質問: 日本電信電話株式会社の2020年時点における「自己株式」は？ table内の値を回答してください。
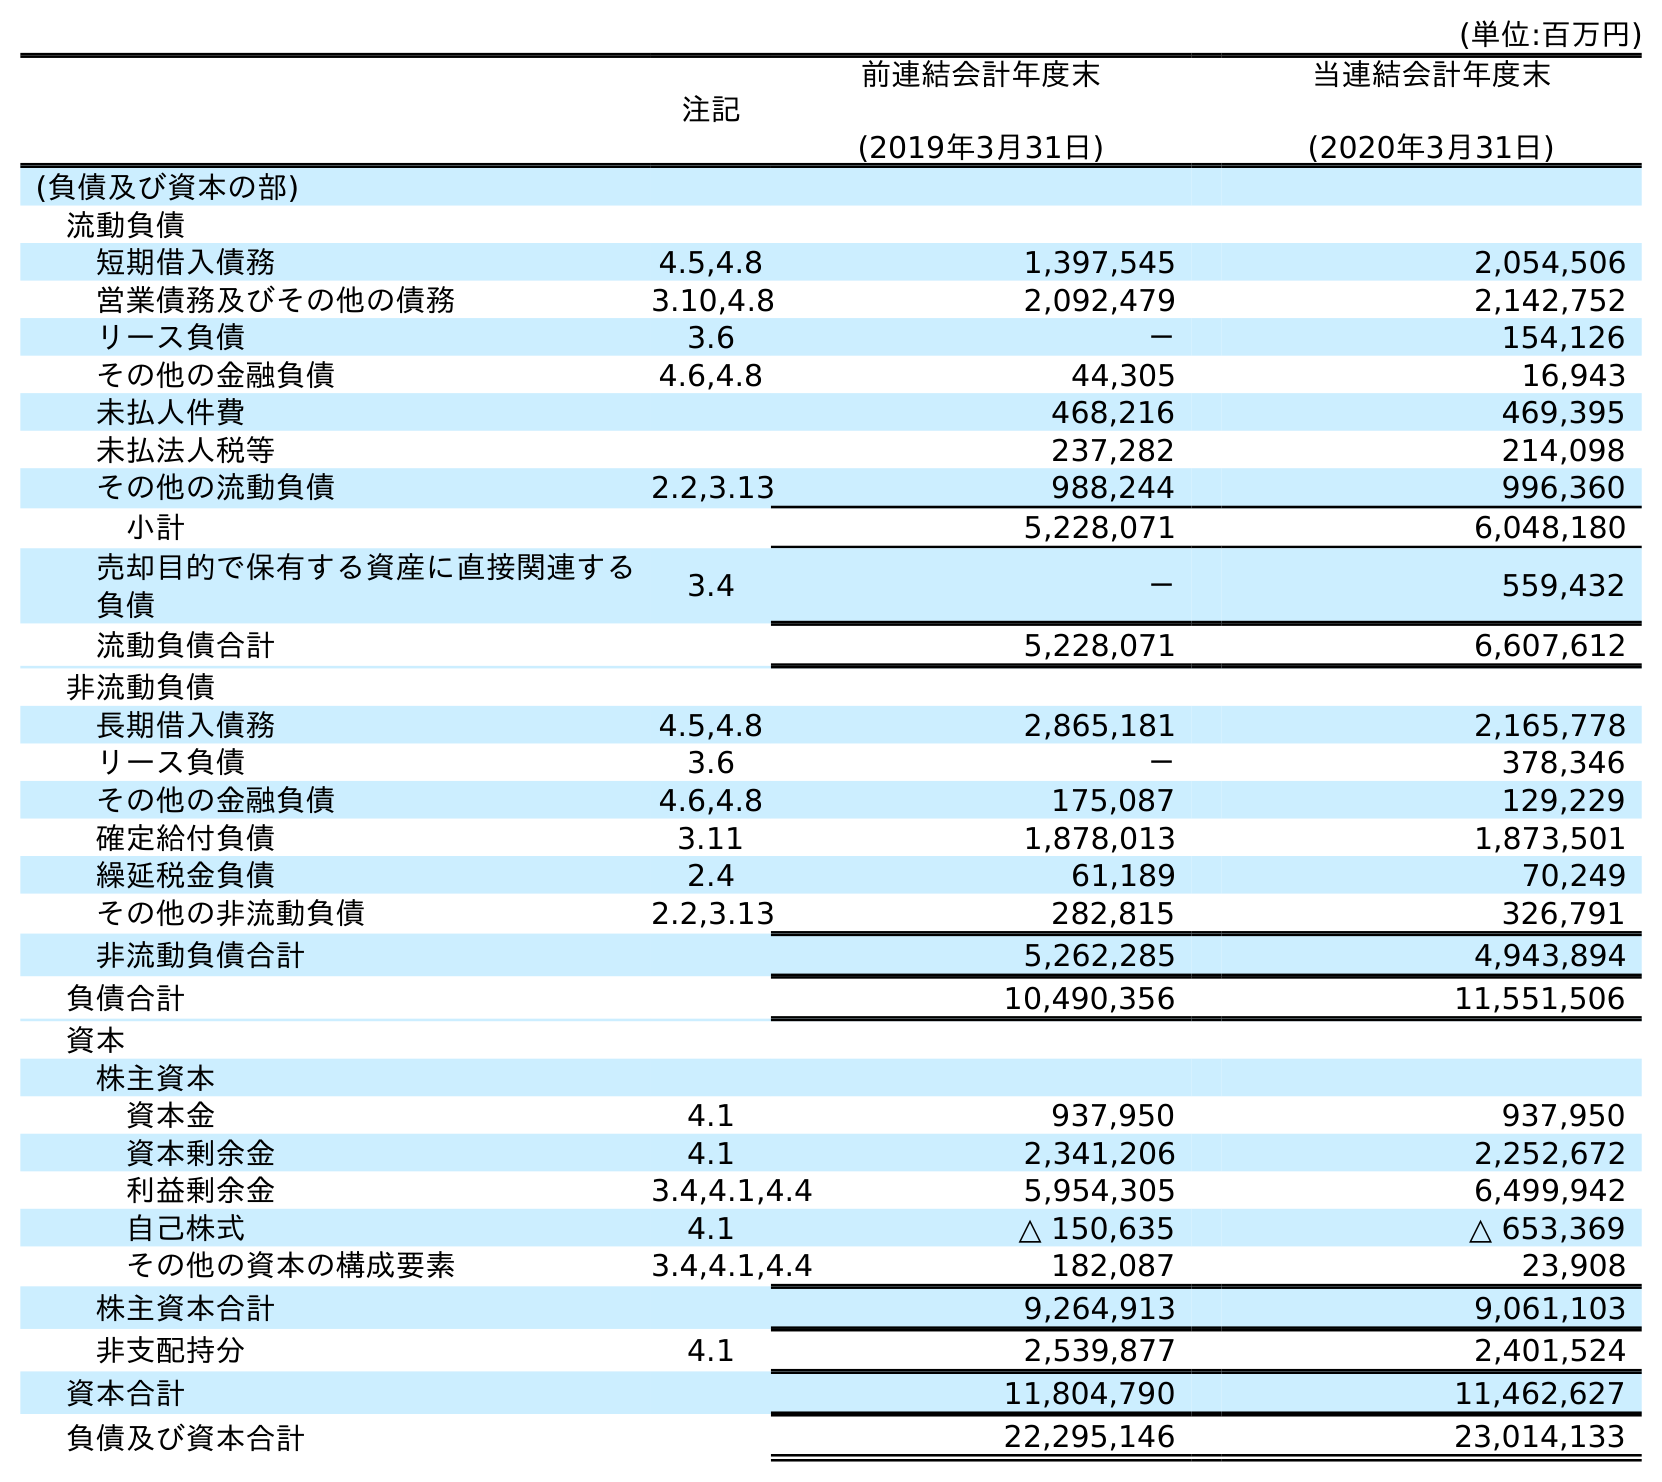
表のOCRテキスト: (単位:百万円) 注記 前連結会計年度末 (2019年3月31日) 当連結会計年度末 (2020年3月31日) (負債及び資本の部) 流動負債 短期借入債務 4.5,4.8 1,397,545 2,054,506 営業債務及びその他の債務 3.10,4.8 2,092,479 2,142,752 リース負債 3.6 － 154,126 その他の金融負債 4.6,4.8 44,305 16,943 未払人件費 468,216 469,395 未払法人税等 237,282 214,098 その他の流動負債 2.2,3.13 988,244 996,360 小計 5,228,071 6,048,180 売却目的で保有する資産に直接関連する 負債 3.4 － 559,432 流動負債合計 5,228,071 6,607,612 非流動負債 長期借入債務 4.5,4.8 2,865,181 2,165,778 リース負債 3.6 － 378,346 その他の金融負債 4.6,4.8 175,087 129,229 確定給付負債 3.11 1,878,013 1,873,501 繰延税金負債 2.4 61,189 70,249 その他の非流動負債 2.2,3.13 282,815 326,791 非流動負債合計 5,262,285 4,943,894 負債合計 10,490,356 11,551,506 資本 株主資本 資本金 4.1 937,950 937,950 資本剰余金 4.1 2,341,206 2,252,672 利益剰余金 3.4,4.1,4.4 5,954,305 6,499,942 自己株式 4.1 △ 150,635 △ 653,369 その他の資本の構成要素 3.4,4.1,4.4 182,087 23,908 株主資本合計 9,264,913 9,061,103 非支配持分 4.1 2,539,877 2,401,524 資本合計 11,804,790 11,462,627 負債及び資本合計 22,295,146 23,014,133
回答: △653,369